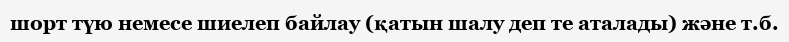
шорт түю немесе шиелеп байлау (қатын шалу деп те аталады) және т.б.